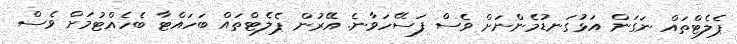
ޕެލެޓްތައް ނަގަން އަޅުގަނޑުމެންނަށް ވެސް ފަސޭހަވާނެ. އޭރުން ޕެލެޓްތައް ބަހައްޓާ ބެހެއްޓުމަށް ވެސް